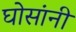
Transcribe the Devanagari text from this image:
घोसांनी